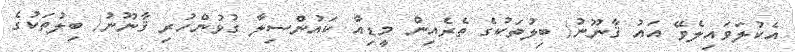
އެކުލަވައިލެވޭ އައު ޤާނޫނު/ ބިލުތަކުގެ ތެރެއިން މީޑިއާ ކައުންސިލާ ގުޅުންހުރި ޤާނޫނު/ ބިލުތަކުގެ